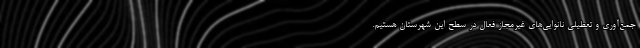
جمع‌آوری و تعطیلی نانوایی‌های غیرمجاز فعال در سطح این شهرستان هستیم.